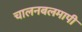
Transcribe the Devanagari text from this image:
चालनबलमापी